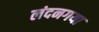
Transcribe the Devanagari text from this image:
लंदनगया